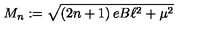
M _ { n } : = \sqrt { \left( 2 n + 1 \right) e B \ell ^ { 2 } + \mu ^ { 2 } }